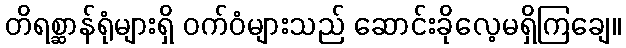
တိရစ္ဆာန်ရုံများရှိ ဝက်ဝံများသည် ဆောင်းခိုလေ့မရှိကြချေ။